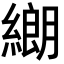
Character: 𦄺